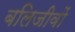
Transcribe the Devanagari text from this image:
बलिजीवों